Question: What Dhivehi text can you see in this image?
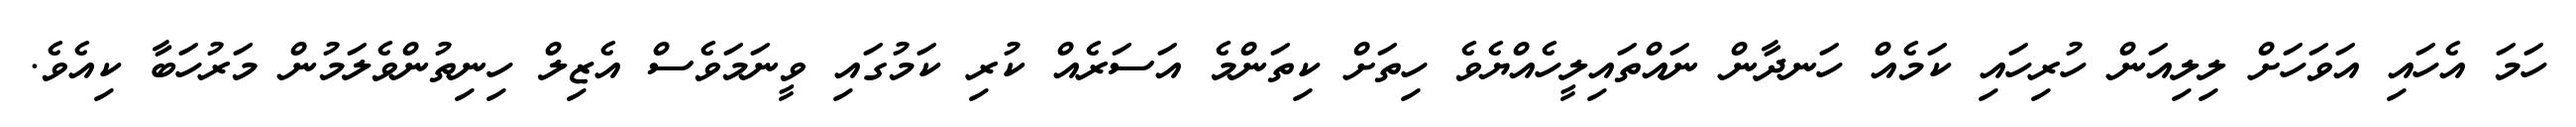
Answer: ހަމަ އެހައި އަވަހަށް ލިލިއަން ހުރިހައި ކަމެއް ހަނދާން ނައްތައިލީހެއްޔެވެ ހިތަށް ކިތަންމެ އަސަރެއް ކުރި ކަމުގައި ވީނަމަވެސް އެޒިލް ހިނިތުންވެލަމުން މަރުހަބާ ކިއެވެ.